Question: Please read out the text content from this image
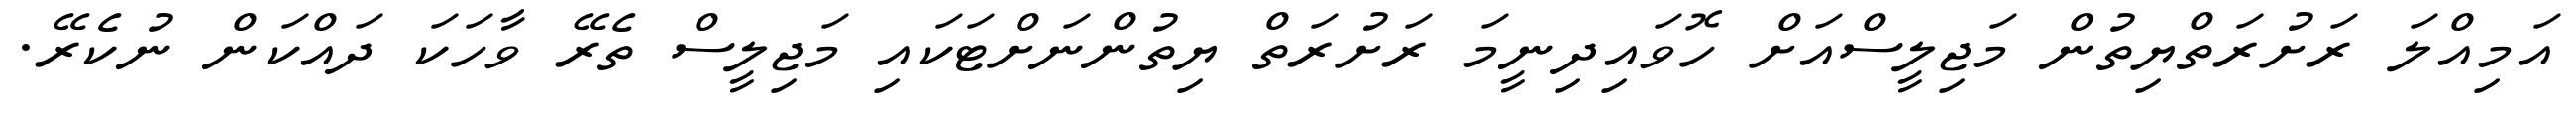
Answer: އަމިއްލަ ރަށުރަތްޔިތުން މަޖިލީސްއަށް ހޮވައިދިނީމަ ރަށުރަތް ޔިތުންނަށްޓަކައި މަޖިލީސް ތެރޭ ވާހަކަ ދައްކަން ނުކެރޭ.